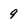
Character: 9